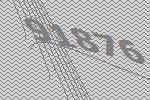
91876